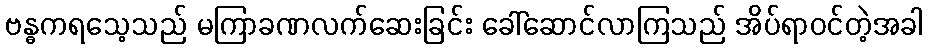
ဗန္ဓကရသေ့သည် မကြာခဏလက်ဆေးခြင်း ခေါ်ဆောင်လာကြသည် အိပ်ရာဝင်တဲ့အခါ